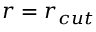
r = r _ { c u t }